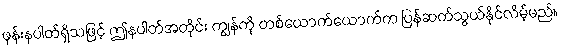
ဖုန်းနပါတ်ရှိသဖြင့် ဤနပါတ်အတိုင်း ကျွန်ကို တစ်ယောက်ယောက်က ပြန်ဆက်သွယ်နိုင်လိမ့်မည်။